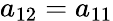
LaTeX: a_{12}=a_{11}